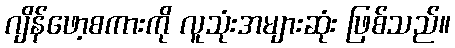
ဂျိန်ဖော့စကားကို လူသုံးအများဆုံး ဖြစ်သည်။